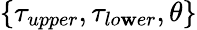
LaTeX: \{ \tau_{upper},\tau_{lo\mathbf{w}er},\theta\}